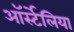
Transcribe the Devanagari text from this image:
ऑर्स्टेलिया